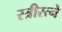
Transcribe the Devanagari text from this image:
स्त्रीरत्ने